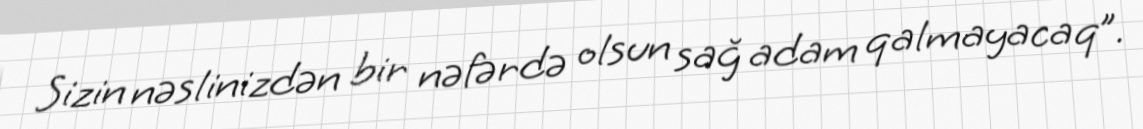
Sizin nəslinizdən bir nəfərdə olsun sağ adam qalmayacaq”.